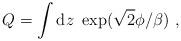
LaTeX: \begin{align*}Q = \int {\rm d}z\ \exp( \sqrt 2 \phi / \beta) \ ,\end{align*}